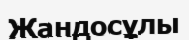
Жандосұлы